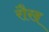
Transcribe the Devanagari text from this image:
रौख